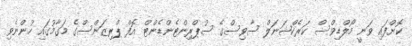
ކޮށްފައި ވަނީ މޯލްޑިވްސް ކަރެކްޝަނަލް ސާވިސްގެ ސުޕްރިންޓެންޑެންޓް އޮފް ޕްރިޒަންސްގެ މަގާމުގައި ހުންނެވި